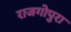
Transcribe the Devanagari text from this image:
राजगोपुरा